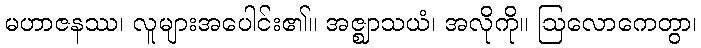
မဟာဇနဿ၊ လူများအပေါင်း၏။ အဇ္ဈာသယံ၊ အလိုကို။ ဩလောကေတွာ၊